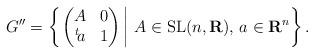
LaTeX: \begin{gather*}G'' =\left\{ \left.\left(\begin{matrix}A & 0 \\{}^t\!a & 1\end{matrix}\right)\,\right\vert \,A \in {\rm SL}(n, {\mathbf{R}}), \,a \in {\mathbf{R}}^n \right\}.\end{gather*}